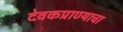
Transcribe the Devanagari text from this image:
देवकप्राण्याचा